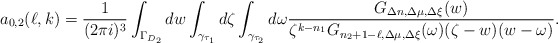
\begin{align*}a_{0,2}(\ell,k)=\frac 1{(2\pi i)^3}\int_{\Gamma_{D_2}}dw\int_{\gamma_{\tau_1}}d\zeta\int_{\gamma_{\tau_2}}d\omega\frac{G_{\Delta n,\Delta\mu,\Delta\xi}(w)}{\zeta^{k-n_1}G_{n_2+1-\ell,\Delta\mu,\Delta\xi}(\omega)(\zeta-w)(w-\omega)}.\end{align*}